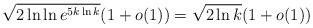
LaTeX: \begin{align*}\sqrt{2 \ln \ln e^{5k\ln k}}(1+o(1))=\sqrt{2\ln k}(1+o(1))\end{align*}